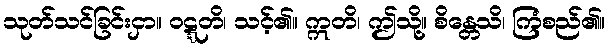
သုတ်သင်ခြင်းငှာ။ ဝဋ္ဋတိ၊ သင့်၏။ ဣတိ၊ ဤသို့။ စိန္တေသိ၊ ကြံစည်၏။